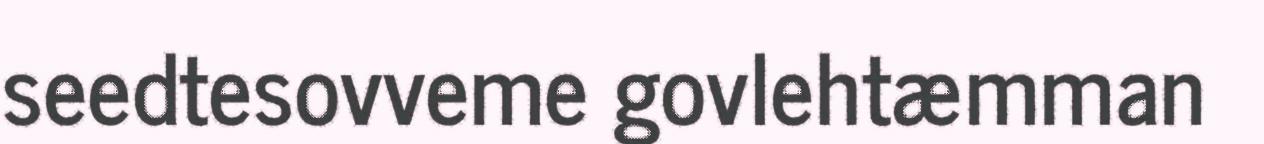
seedtesovveme govlehtæmman